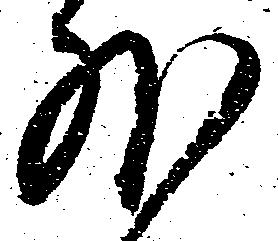
外